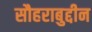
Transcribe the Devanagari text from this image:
सौहराबुद्दीन